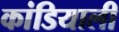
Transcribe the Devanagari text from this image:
कांडियाली